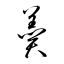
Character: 羹